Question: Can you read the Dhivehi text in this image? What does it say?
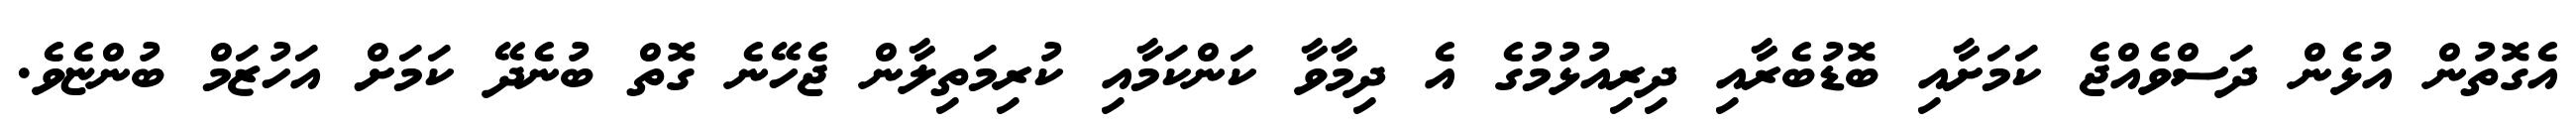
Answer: އެގޮތުން އުޅެން ދަސްވެއްޖެ ކަމަށާއި ބޮޑުބެރާއި ދިރިއުޅުމުގެ އެ ދިމާވާ ކަންކަމާއި ކުރިމަތިލާން ޖެހޭނެ ގޮތް ބުނެދޭ ކަމަށް އަހުޒަމް ބުންޏެވެ.